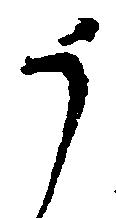
う